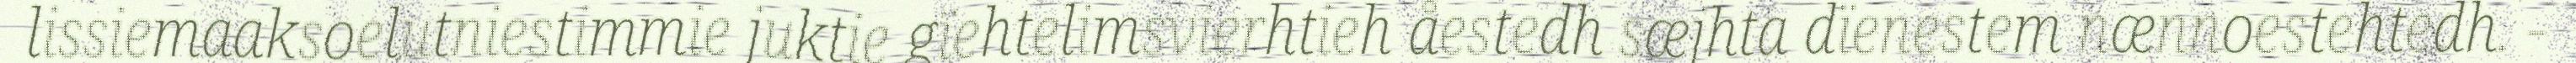
lissiemaaksoelutniestimmie juktie gïehtelimsvierhtieh åestedh sæjhta dïenestem nænnoestehtedh. -